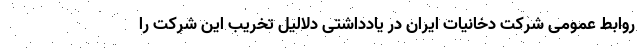
روابط عمومی شرکت دخانیات ایران در یادداشتی دلالیل تخریب این شرکت را